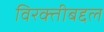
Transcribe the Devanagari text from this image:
विरक्तीबद्दल